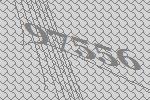
97556